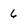
Character: 6